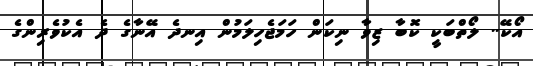
އޯކޭ.. ލޯތްބަކީ ކޮބާ ޒިވާ ނިކަން ހަމަޖެހިލަމުން އިނދެ އޭނާގެ ދެ އެކުވެރިންގެ